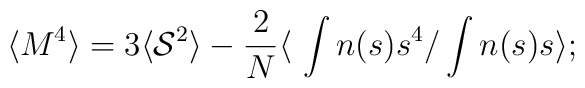
\langle M^4 \rangle = 3 \langle {\cal{S}}^2 \rangle -{\frac{2}{N}} \langle \ \int n(s)s^4/ \int n(s)s \rangle;